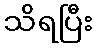
သိရပြီး